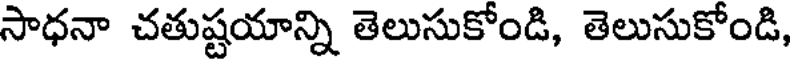
సాధనా చతుష్టయాన్ని తెలుసుకోండి, తెలుసుకోండి,